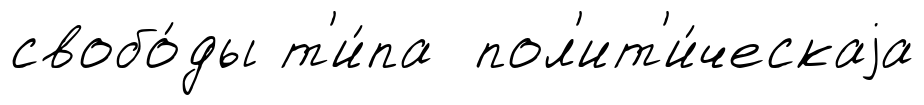
свобо́ды т'и́па пол'ит'и́ческаjа